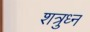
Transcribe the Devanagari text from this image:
शत्रुध्न